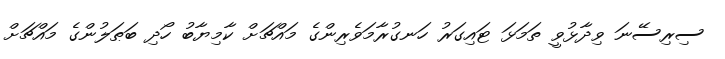
ސިރިސޭނަ ވިދާޅުވީ ތަމަޅަ ޓައިގަރު ހަނގުރާމަވެރިންގެ މައްޗަށް ކާމިޔާބު ހޯދި ބަޠަލުންގެ މައްޗަށް